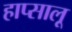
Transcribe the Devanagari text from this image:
हाप्सालू